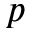
p